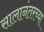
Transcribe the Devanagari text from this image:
सालानंतरच्या